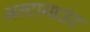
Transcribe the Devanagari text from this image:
अल्टामाउंट